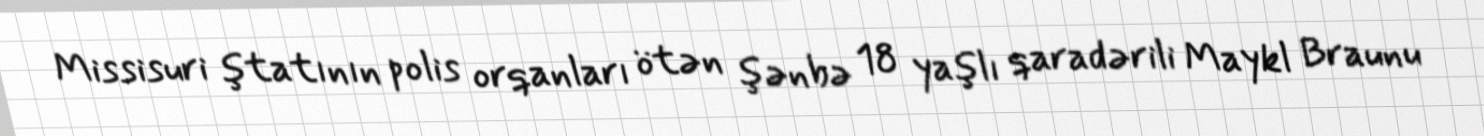
Missisuri ştatının polis orqanları ötən şənbə 18 yaşlı qaradərili Maykl Braunu